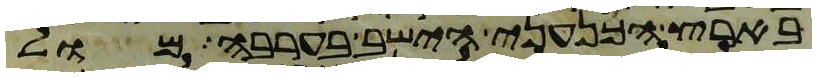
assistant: בארץ הכנעני הישב בערבה מול